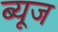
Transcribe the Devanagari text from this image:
ब्यूज